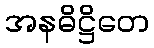
အနဓိဋ္ဌိတေ